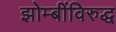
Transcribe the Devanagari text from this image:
झोम्बींविरुद्ध